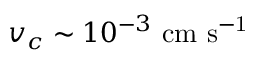
v _ { c } \sim 1 0 ^ { - 3 } \ \mathrm { c m \ s ^ { - 1 } }